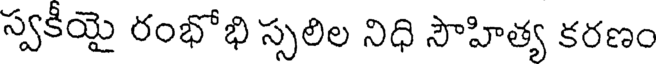
స్వకీయై రంభోభి స్సలిల నిధి సౌహిత్య కరణం